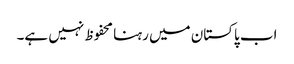
اب پاکستان میں رہنا محفوظ نہیں ہے۔